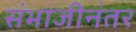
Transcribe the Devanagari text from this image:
संभाजीनंतर